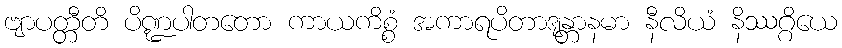
ဗျာပတ္တီတိ ပိဏ္ဍပါတတော ကာယကိစ္စံ အကာရပိတာဒျန္တာနမာ နီလိယံ နိဿဂ္ဂိယေ